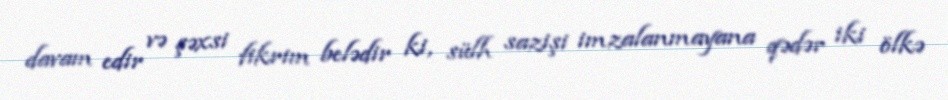
davam edir və şəxsi fikrim belədir ki, sülh sazişi imzalanmayana qədər iki ölkə